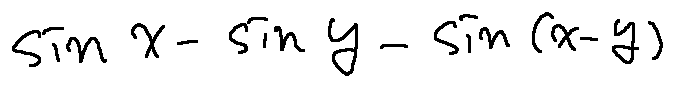
\sin x - \sin y - \sin ( x - y )